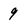
Character: 9